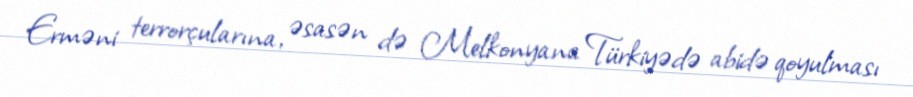
Erməni terrorçularına, əsasən də Melkonyana Türkiyədə abidə qoyulması